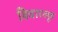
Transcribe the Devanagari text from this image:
विचारव्यूह